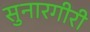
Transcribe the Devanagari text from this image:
सुनारगीरी